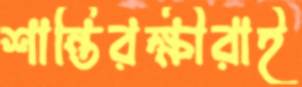
শান্তিরক্ষীরাই